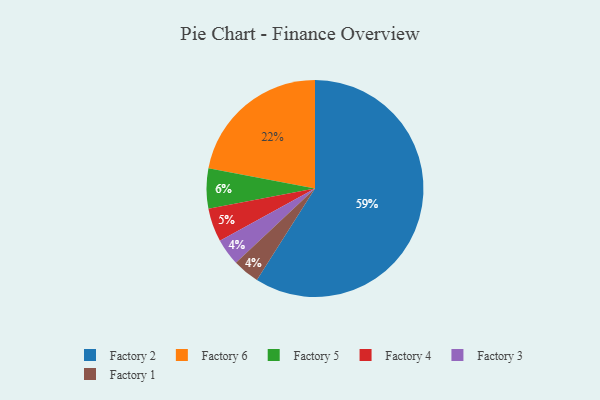
{"axis": {"x": "Category", "y": "Percentage"}, "legend": ["Factory 1", "Factory 2", "Factory 3", "Factory 4", "Factory 5", "Factory 6"], "data": [{"x": "Factory 2", "y": 59, "type": "Factory 2"}, {"x": "Factory 6", "y": 22, "type": "Factory 6"}, {"x": "Factory 5", "y": 6, "type": "Factory 5"}, {"x": "Factory 3", "y": 4, "type": "Factory 3"}, {"x": "Factory 1", "y": 4, "type": "Factory 1"}, {"x": "Factory 4", "y": 5, "type": "Factory 4"}]}